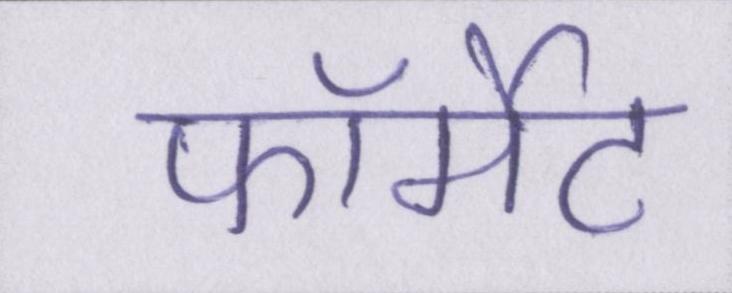
फॉर्मेट